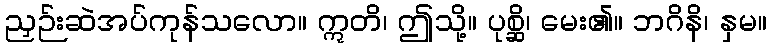
ညှဉ်းဆဲအပ်ကုန်သလော။ ဣတိ၊ ဤသို့။ ပုစ္ဆိ၊ မေး၏။ ဘဂိနိ၊ နှမ။